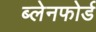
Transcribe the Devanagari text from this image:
ब्लेनफोर्ड